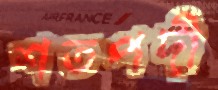
শতপদী